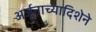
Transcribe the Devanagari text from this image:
अर्जुनाच्यादिशेने